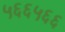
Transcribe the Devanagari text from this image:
५६६५६६